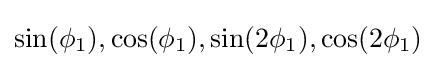
\sin(\phi _{1}),\cos(\phi _{1}),\sin(2\phi _{1}),\cos(2\phi _{1})